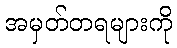
အမှတ်တရများကို